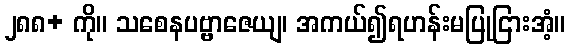
၂၈၈+ ကို။ သစေနပဗ္ဗာဇေယျ၊ အကယ်၍ရဟန်းမပြုငြားအံ့။